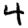
Digit: 4